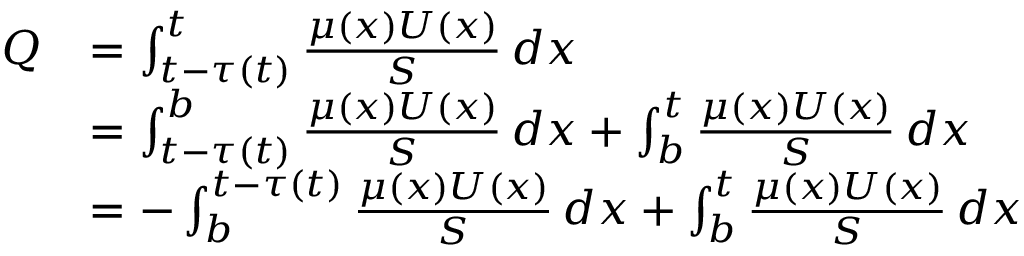
\begin{array} { r l } { Q } & { = \int _ { t - \tau ( t ) } ^ { t } \frac { \mu ( x ) U ( x ) } { S } \, d x } \\ & { = \int _ { t - \tau ( t ) } ^ { b } \frac { \mu ( x ) U ( x ) } { S } \, d x + \int _ { b } ^ { t } \frac { \mu ( x ) U ( x ) } { S } \, d x } \\ & { = - \int _ { b } ^ { t - \tau ( t ) } \frac { \mu ( x ) U ( x ) } { S } \, d x + \int _ { b } ^ { t } \frac { \mu ( x ) U ( x ) } { S } \, d x } \end{array}